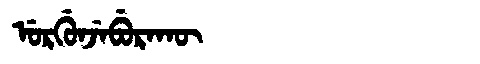
Manchu: ᡠᡵᡤᡠᠨᠵᡝᠪᡠᡵᠠᡴᡡ
Romanization: URGUNJEBURAKŪ